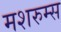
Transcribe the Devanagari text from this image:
मशरुम्स